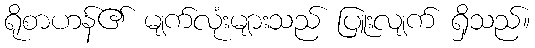
ရိုစာဟန်၏ မျက်လုံးများသည် ပြူးလျက် ရှိသည်။